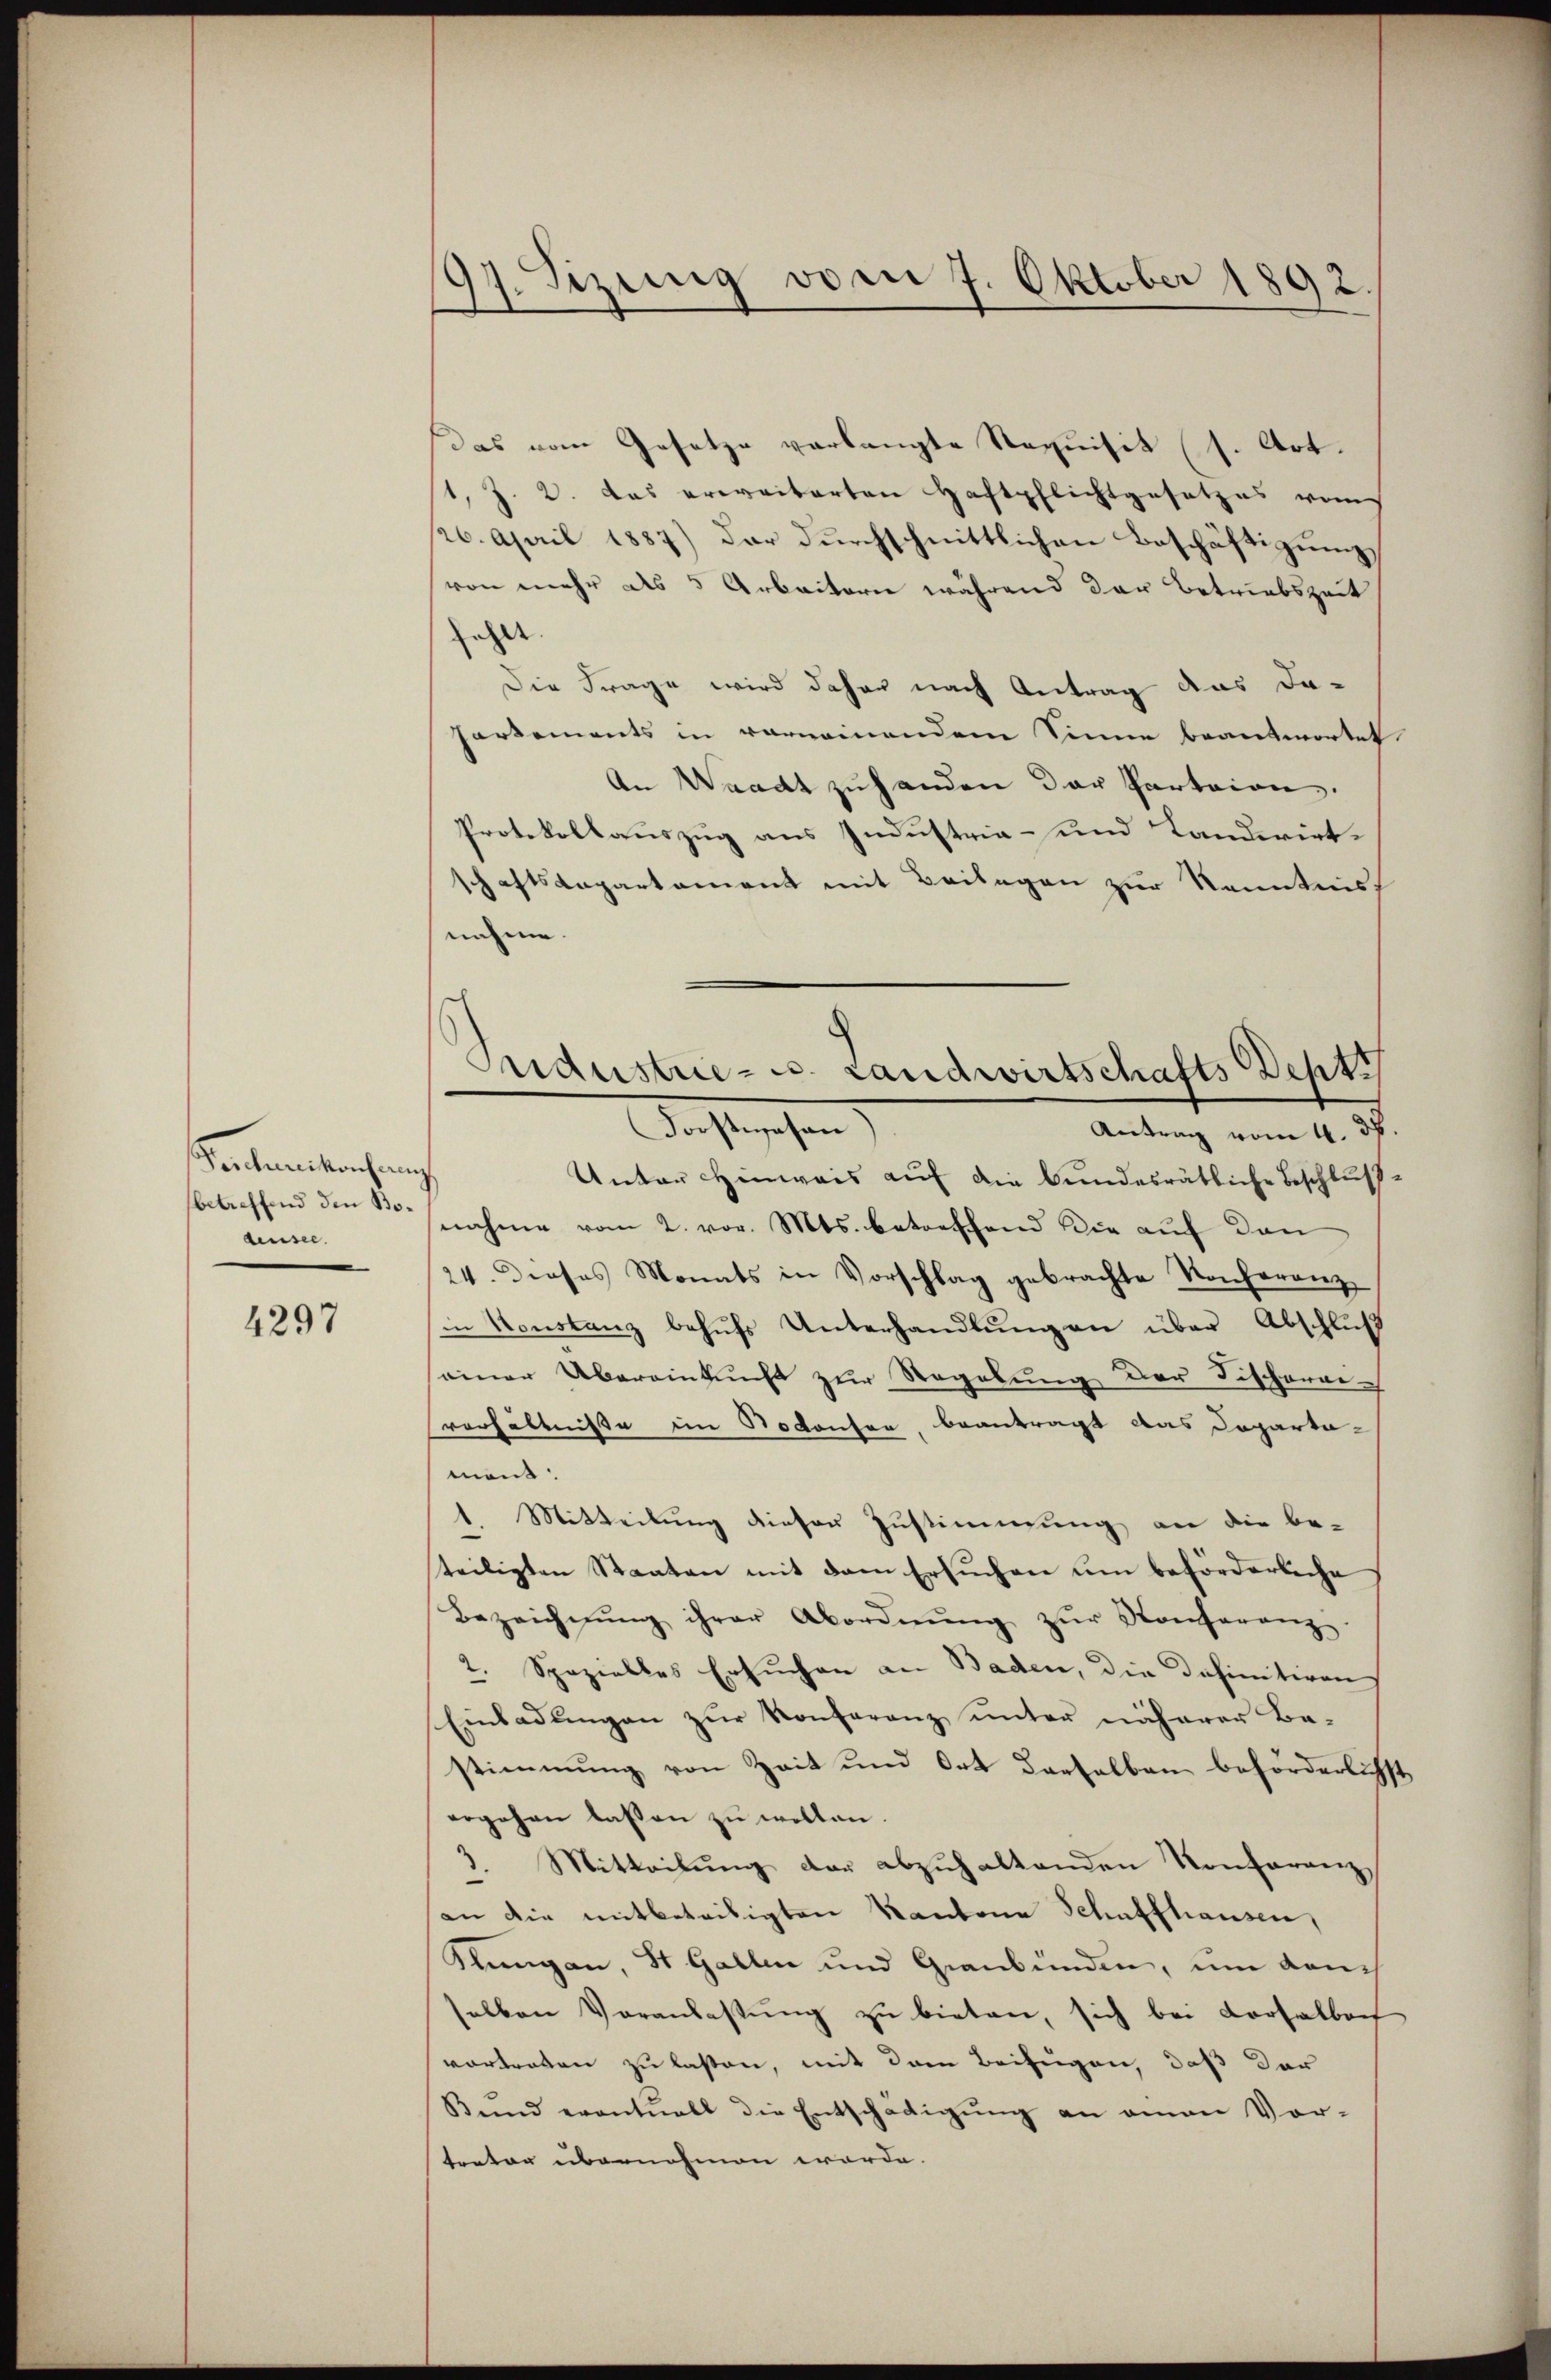
Verchanikonsum
betreffend den Bodensee.

4297

97. Sizung vom 7. Oktober 1892.

Das vom Gesetze verlangte Requisit (s. Art.
1, J. 2. das erweiterten Haftpflichtgesetzes vom
26. April 1887) der durchschnittlichen Beschäftigung
von mehr als 5 Arbeitern während der Betriebszeit
ehe
Die Frage wird daher nach Antrag das da-
Partements in vornemendem Sinne beantwortet
An Waadt zu handen der Partaion.
Protokollauszug aus Industria- und Landwirtschaftsdepartement mit Beilagen zur Kenntnis
nahme.
Antrag vom 4. d.
¬
Unter Hinweis auf die bundesrätliche Beschlußnahme vom 2. vor. Mts. betreffend die auf den
24. dieses Monats in Vorschlag gebrachte Konferenz
in Konstanz behŭfs Unterhandlŭngen über Abschluß
einer Übereinkunft zur Regelung der Fischeranverhältnisse im Notanten, beantragt das Departa-
mant:
1. Mitteilung dieser Zustimmung an die be-
teiligten Staaten mit dem Ersuchen um beförderliche
Bezeichnŭng ihrer Abordnŭng zŭr Konferenz
2. Spezielles Ersuchen an Baden, die Definitiven
Einladŭngen zŭr Konferanz unter näherer Be-
stimmung von Zeit und Ort derselben beförderlichst
ergehen lassen zu wollen.
Mitteilung der abzuhaltenden Konferenz
n
an die mitbeteiligten Kantone Schaffhausen,
Klungen, St. Gallen und Graubünden, um dan
selben Veranlastŭng zu bieten, sich bei Corsalbach
vortragen zu laßen, mit dem Beifügen, daß der
Bund eventuell die Entschädigŭng an amen Vor-
tonter übernehmen worde.

Industrie-C. Landwirtschafts Dept
Forstwesen